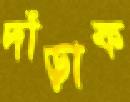
দাঁড়াক